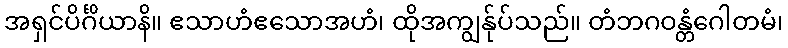
အရှင်ပိင်္ဂိယာနိ။ ဧသာဟံဧသောအဟံ၊ ထိုအကျွန်ုပ်သည်။ တံဘဂဝန္တံဂေါတမံ၊